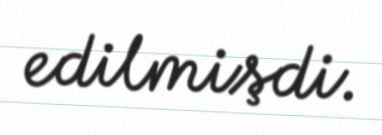
edilmişdi.